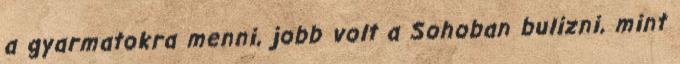
a gyarmatokra menni, jobb volt a Sohoban bulizni, mint